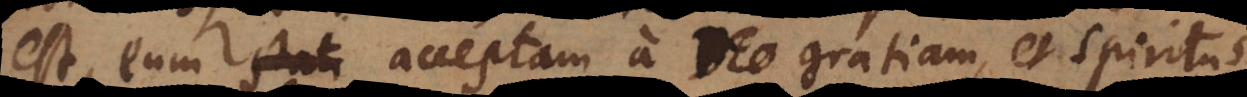
est, eum stat acceptam a Deo gratiam, et Spiritus